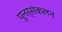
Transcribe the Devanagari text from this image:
पुनर्संकलन